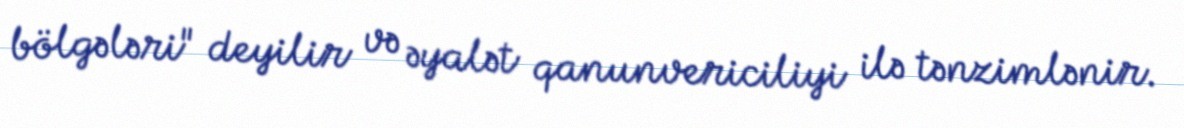
bölgələri" deyilir və əyalət qanunvericiliyi ilə tənzimlənir.